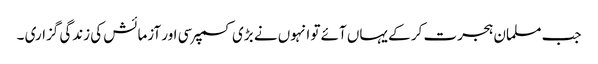
جب مسلمان ہجرت کر کے یہاں آئے تو انہوں نے بڑی کسمپرسی اور آزمائش کی زندگی گزاری ۔